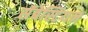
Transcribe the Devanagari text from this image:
सॅबेस्टियन